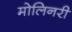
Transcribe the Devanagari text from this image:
मोलिनरी